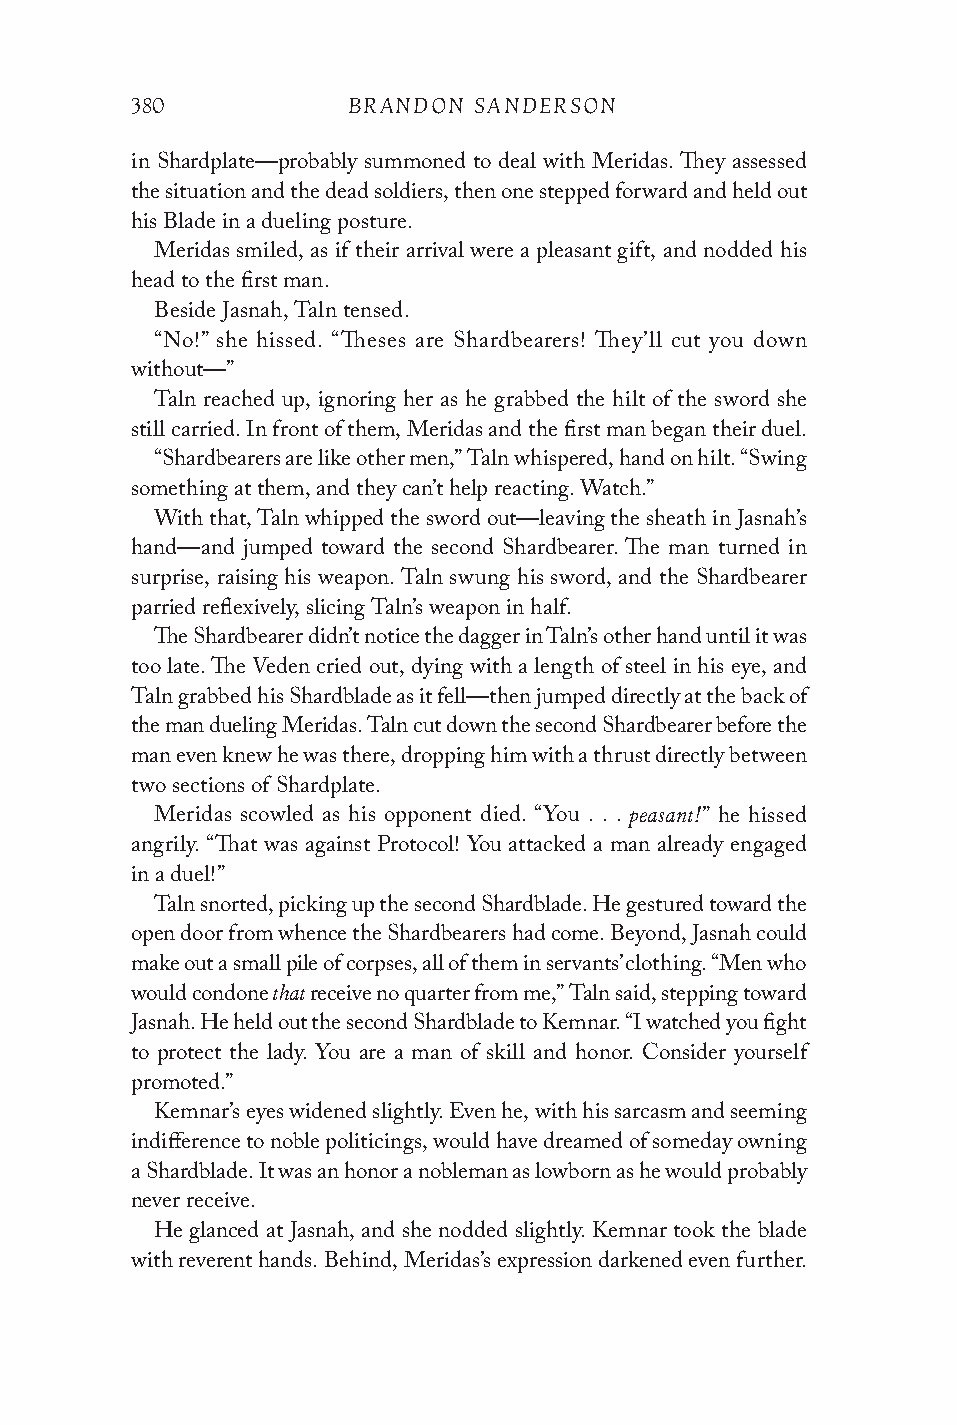
380           BRANDON SANDERSON
 in Shardplate—probably summoned to deal with Meridas. They assessed
 the situation and the dead soldiers, then one stepped forward and held out
 his Blade in a dueling posture.
 Meridas smiled, as if their arrival were a pleasant gift, and nodded his
 head to the first man.
 Beside Jasnah, Taln tensed.
 “No!” she hissed. “Theses are Shardbearers! They’ll cut you down
 without—”
 Taln reached up, ignoring her as he grabbed the hilt of the sword she
 still carried. In front of them, Meridas and the first man began their duel.
 “Shardbearers are like other men,” Taln whispered, hand on hilt. “Swing
 something at them, and they can’t help reacting. Watch.”
 With that, Taln whipped the sword out—leaving the sheath in Jasnah’s
 hand—and jumped toward the second Shardbearer. The man turned in
 surprise, raising his weapon. Taln swung his sword, and the Shardbearer
 parried reflexively, slicing Taln’s weapon in half.
 The Shardbearer didn’t notice the dagger in Taln’s other hand until it was
 too late. The Veden cried out, dying with a length of steel in his eye, and
 Taln grabbed his Shardblade as it fell—then jumped directly at the back of
 the man dueling Meridas. Taln cut down the second Shardbearer before the
 man even knew he was there, dropping him with a thrust directly between
 two sections of Shardplate.
 peasant!
 Meridas scowled as his opponent died. “You . . . ” he hissed
 angrily. “That was against Protocol! You attacked a man already engaged
 in a duel!”
 Taln snorted, picking up the second Shardblade. He gestured toward the
 open door from whence the Shardbearers had come. Beyond, Jasnah could
 make out a small pile of corpses, all of them in servants’ clothing. “Men who
 that
 would condone receive no quarter from me,” Taln said, stepping toward
 Jasnah. He held out the second Shardblade to Kemnar. “I watched you fight
 to protect the lady. You are a man of skill and honor. Consider yourself
 promoted.”
 Kemnar’s eyes widened slightly. Even he, with his sarcasm and seeming
 indifference to noble politicings, would have dreamed of someday owning
 a Shardblade. It was an honor a nobleman as lowborn as he would probably
 never receive.
 He glanced at Jasnah, and she nodded slightly. Kemnar took the blade
 with reverent hands. Behind, Meridas’s expression darkened even further.